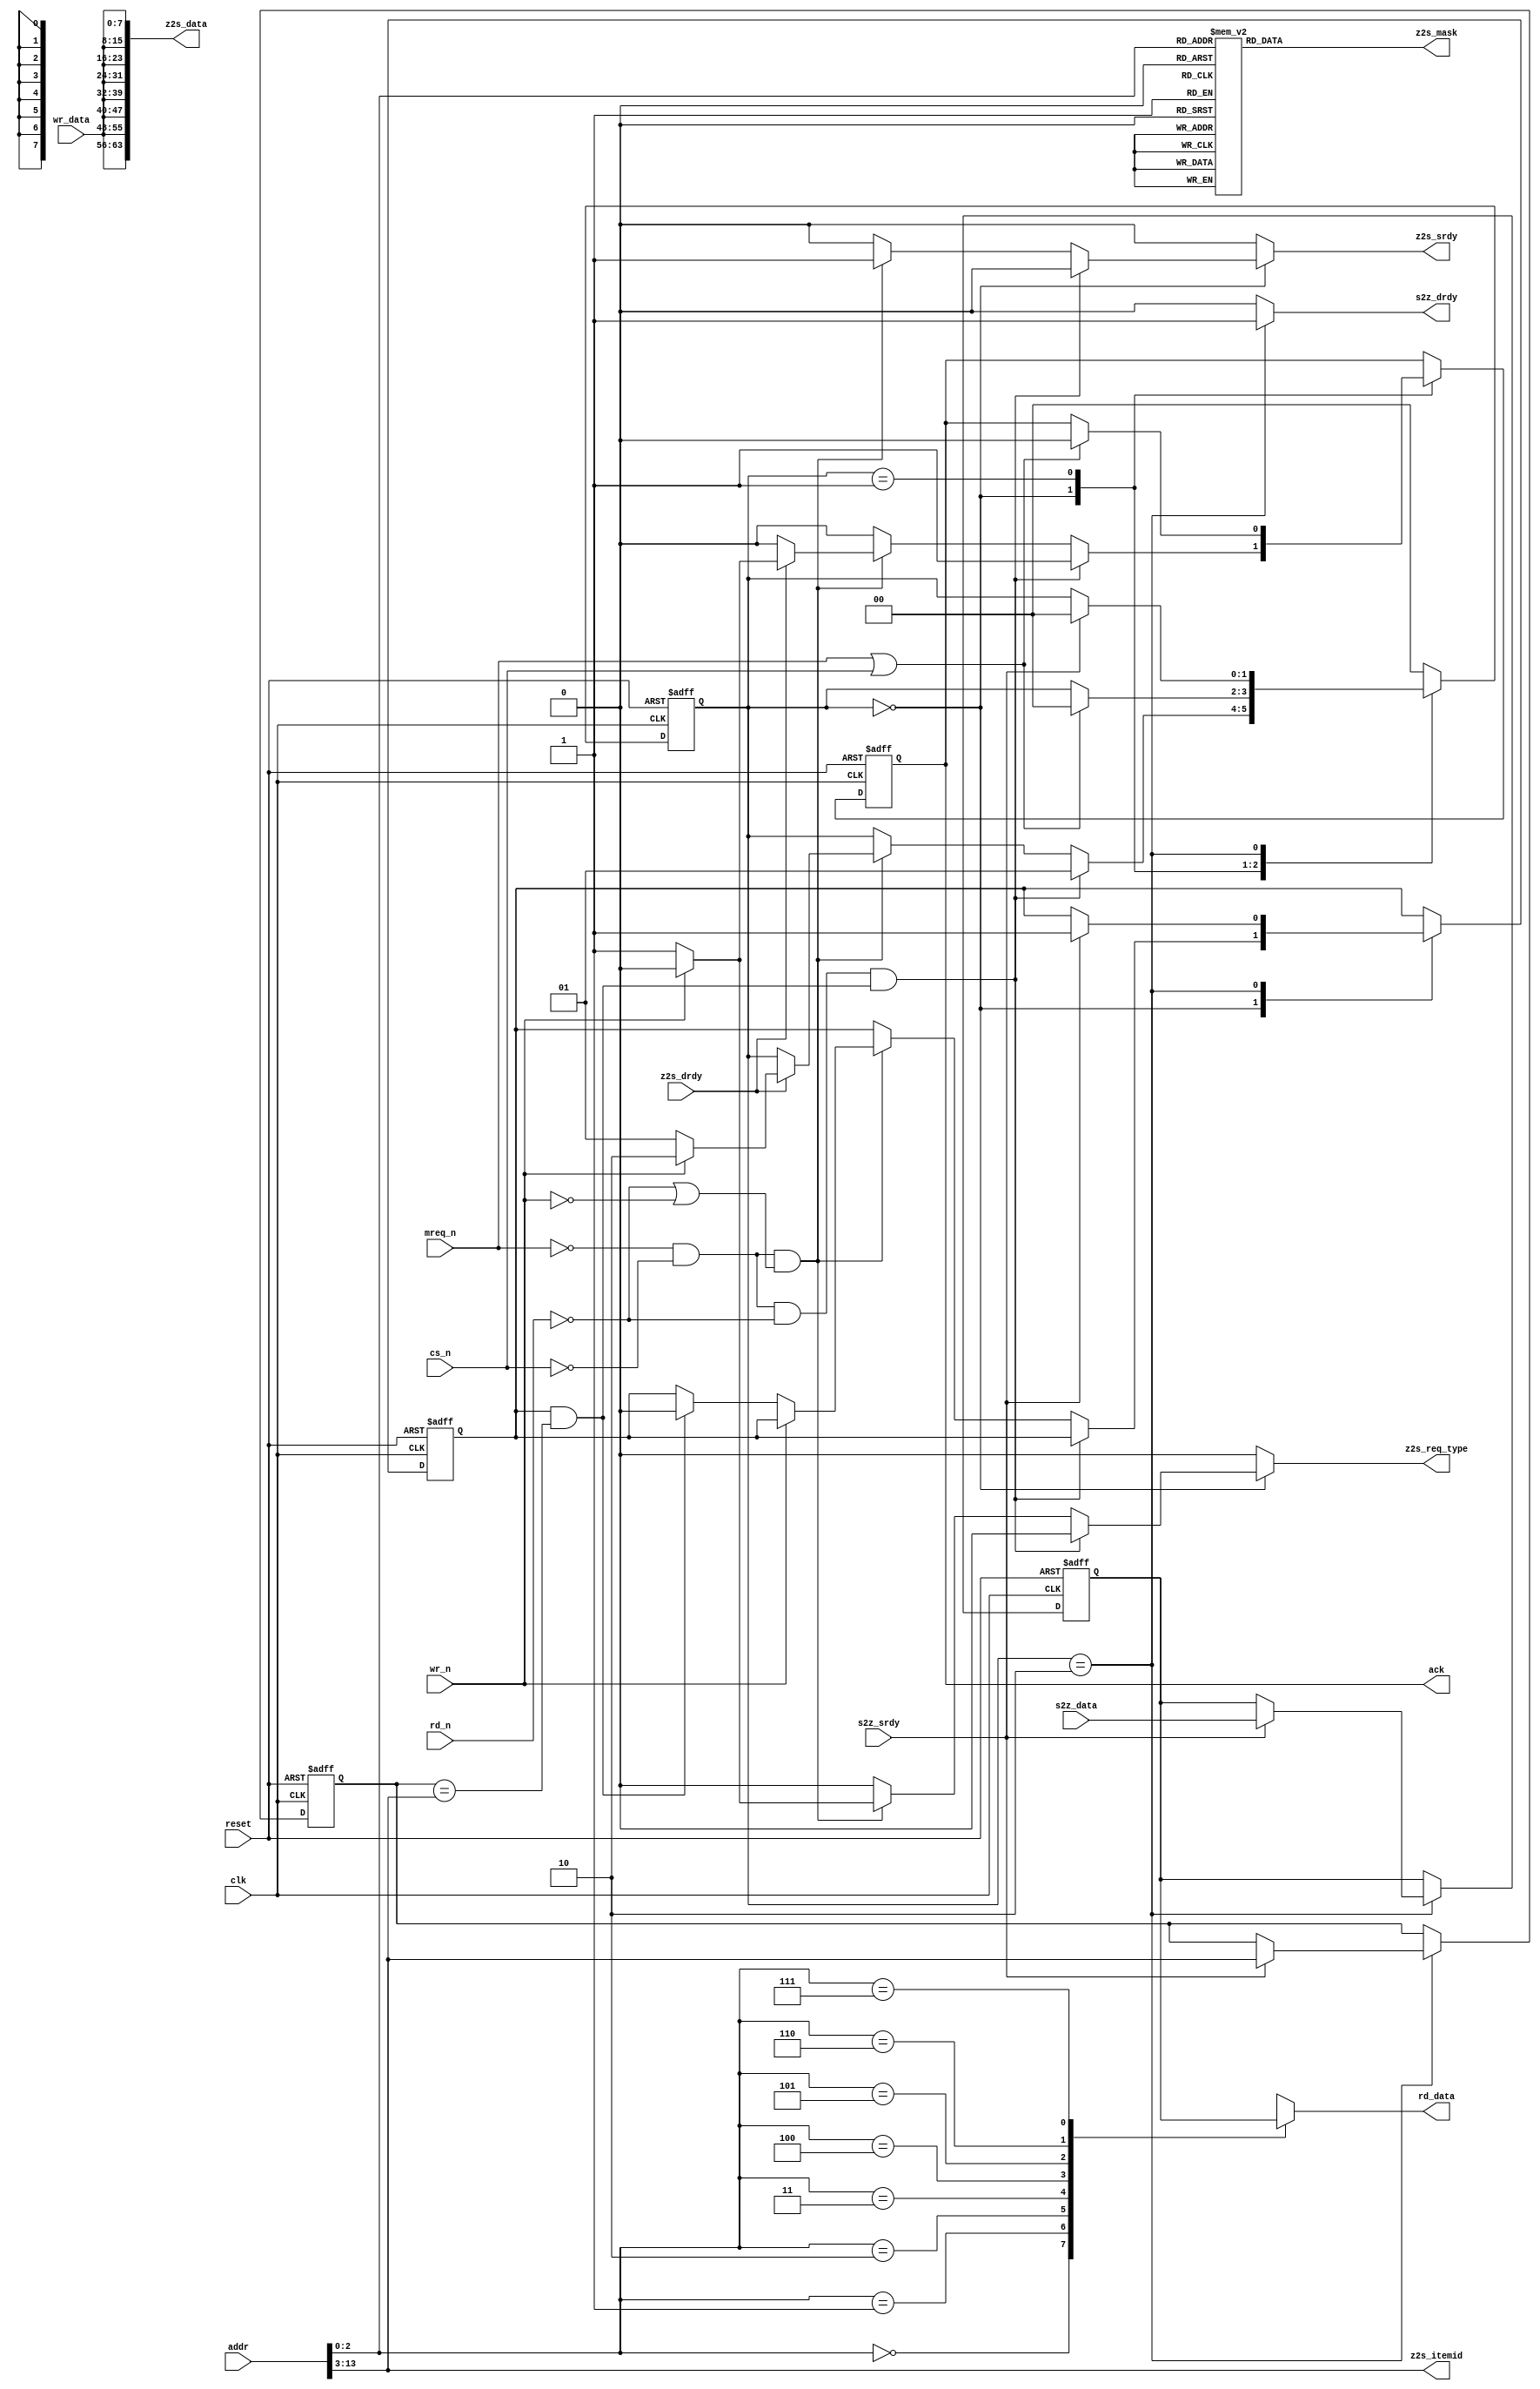
// This program was cloned from: https://github.com/hutch31/tv80
// License: MIT License

// converter bewteen TV80 interface and srdy-drdy scoreboard
// assumes 64-bit wide scoreboard interface,
// single-transaction, with txid used by scoreboard to steer
// requests back (not used by this block).

// z_asz -- number of Z80 address bits being decoded
// s_asz -- address size of scoreboard (

`define TV80DELAY

module sd_access64
  #(parameter z_asz = 14,
    parameter s_asz = (z_asz-3))
  (
   input         reset, 
   input         clk,
   output reg    ack,     // maps to wait_n signal, only valid when cs_n is valid
   input         mreq_n,
   input         cs_n,    // block select for this block
   input         rd_n, 
   input         wr_n, 
   input [z_asz-1:0]  addr,
   input [7:0]   wr_data,
   output [7:0]  rd_data,

   output reg       z2s_srdy,
   input            z2s_drdy,
   output reg       z2s_req_type, // 0=read, 1=write
   output reg [63:0] z2s_mask,
   output reg [63:0] z2s_data,
   output reg [s_asz-1:0]   z2s_itemid,

   input               s2z_srdy,
   output reg          s2z_drdy,
   input [63:0]        s2z_data
   );

  localparam s_idle = 0, s_wait_idle = 1, s_wait_rd = 2;

  reg 		       nxt_ack;
//  reg [7:0] 	       nxt_rd_data;
  reg [1:0] 	       state, nxt_state;
  //wire [7:0] 	       nxt_rd_data;
  reg [63:0] 	       cline, nxt_cline;  // cache line data
  reg [s_asz-1:0]      caddr, nxt_caddr;  // cache line addr
  reg 		       cvld, nxt_cvld;    // cache line valid
  wire 		       c_hit;

  assign c_hit = cvld & (caddr == addr[z_asz-1:3]);

  function [7:0] read_mux;
    input [2:0]        f_addr;
    input [63:0]       data;
    begin
      case (f_addr)
	0 : read_mux = data[63:56];
	1 : read_mux = data[55:48];
	2 : read_mux = data[47:40];
	3 : read_mux = data[39:32];
	4 : read_mux = data[31:24];
	5 : read_mux = data[23:16];
	6 : read_mux = data[15:8];
	7 : read_mux = data[7:0];
      endcase // case (f_addr)
    end
  endfunction // case

  function [63:0] write_mask;
    input [2:0] f_addr;
    begin
      case (f_addr)
	0 : write_mask = {8'hFF, {7{8'h00}}};
	1 : write_mask = {8'h00, 8'hFF, {6{8'h00}}};
	2 : write_mask = {{2{8'h00}}, 8'hFF, {5{8'h00}}};
	3 : write_mask = {{3{8'h00}}, 8'hFF, {4{8'h00}}};
	4 : write_mask = {{4{8'h00}}, 8'hFF, {3{8'h00}}};
	5 : write_mask = {{5{8'h00}}, 8'hFF, {2{8'h00}}};
	6 : write_mask = {{6{8'h00}}, 8'hFF, {1{8'h00}}};
	7 : write_mask = {{7{8'h00}}, 8'hFF};
      endcase // case (f_addr)
    end
  endfunction // case

  assign rd_data = read_mux (addr[2:0], cline);

  always @*
    begin
      nxt_ack = ack;
      nxt_state = state;
      z2s_req_type = 0;
      z2s_mask = write_mask (addr[2:0]);
      z2s_data = {8{wr_data}};
      z2s_itemid = addr[z_asz-1:3];
      z2s_srdy = 0;
//      nxt_rd_data = rd_data;
      s2z_drdy = 0;
      nxt_cline = cline;
      nxt_caddr = caddr;
      nxt_cvld  = cvld;

      case (state)
	s_idle :
	  begin
	    nxt_ack = 0;

	    // check for cache line hit
	    if (!mreq_n & !cs_n & !rd_n & c_hit)
	      begin
		nxt_ack = 1;
		nxt_state = s_wait_idle;
	      end
	    else if (!mreq_n & !cs_n & (!rd_n | !wr_n))
	      begin
		z2s_srdy = 1;
		if (!wr_n)
		  begin
		    z2s_req_type = 1;
		    if (c_hit)
		      nxt_cvld = 0;
		  end
		else
		  z2s_req_type = 0;
		z2s_data = {8{wr_data}};
		z2s_itemid = addr[z_asz-1:3];
		if (z2s_drdy)
		  begin
		    if (!wr_n)
		      begin
			nxt_ack = 1;
			nxt_state = s_wait_idle;
		      end
		    else
		      nxt_state = s_wait_rd;
		  end
	      end // if (!mreq_n & !cs_n & (!rd_n | !wr_n))
	  end // case: s_idle

	s_wait_idle :
	  begin
	    if (mreq_n | cs_n)
	      begin
		nxt_state = s_idle;
		nxt_ack = 0;
	      end
	  end

	s_wait_rd :
	  begin
	    s2z_drdy = 1;
	    //nxt_rd_data = read_mux (addr[2:0], s2z_data);
	    if (s2z_srdy)
	      begin
		//nxt_rd_data = s2z_data >> {addr[2:0], 3'h0};
		//nxt_ack = 1;
		nxt_state = s_idle;
		nxt_cvld = 1;
		nxt_caddr = addr[z_asz-1:3];
		nxt_cline = s2z_data;
	      end
	  end // case: s_wait_rd

	default :
	  nxt_state = s_idle;
      endcase // case (state)
    end // always @ *

  always @(posedge clk or posedge reset)
    begin
      if (reset)
	begin
	  /*AUTORESET*/
	  // Beginning of autoreset for uninitialized flops
	  ack <= 1'h0;
	  caddr <= {s_asz{1'b0}};
	  cline <= 64'h0;
	  cvld <= 1'h0;
	  state <= 2'h0;
	  // End of automatics
	end
      else
	begin
	  state <= `TV80DELAY nxt_state;
	  ack   <= `TV80DELAY nxt_ack;
//	  rd_data <= `TV80DELAY nxt_rd_data;
	  cvld  <= `TV80DELAY nxt_cvld;
	  caddr <= `TV80DELAY nxt_caddr;
	  cline <= `TV80DELAY nxt_cline;
	end
    end // always @ (posedge clk or posedge reset)

endmodule // sd_access64